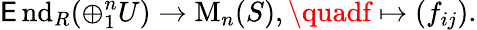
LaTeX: \operatorname{\mathsf{E}nd}_{R}(\oplus_{1}^{n}U)\to\operatorname{M}_{n}(S),\quadf\mapsto(f_{ij}).